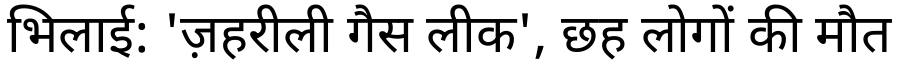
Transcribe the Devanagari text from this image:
भिलाई: 'ज़हरीली गैस लीक', छह लोगों की मौत